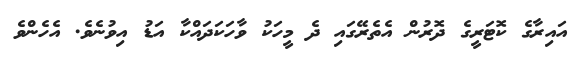
އައިރާގެ ކޮޓަރީގެ ދޮރުން އެތެރޭގައި ދެ މީހަކު ވާހަކަދައްކާ އަޑު އިވުނެވެ. އެހެންވެ